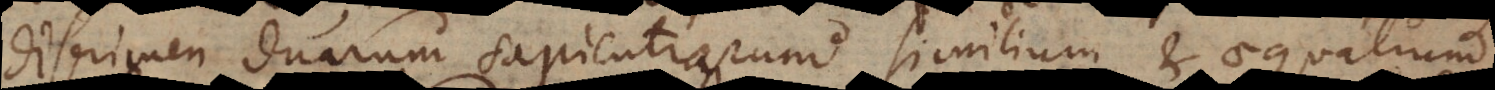
discrimen duarum sapientiarum similium et aequalium